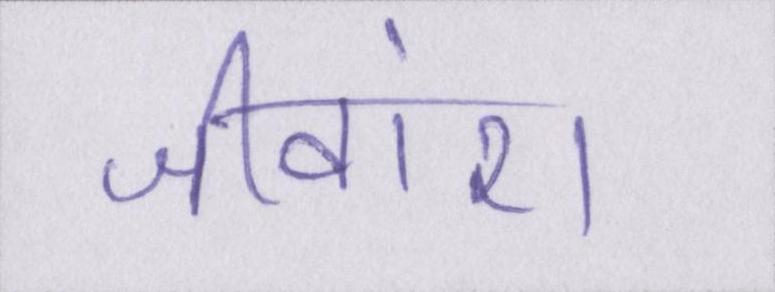
जीवांश